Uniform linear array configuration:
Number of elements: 64
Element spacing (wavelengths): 0.5
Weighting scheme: kaiser
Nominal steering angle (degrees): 0
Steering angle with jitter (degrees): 1.039
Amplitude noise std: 0.05
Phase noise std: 0.05

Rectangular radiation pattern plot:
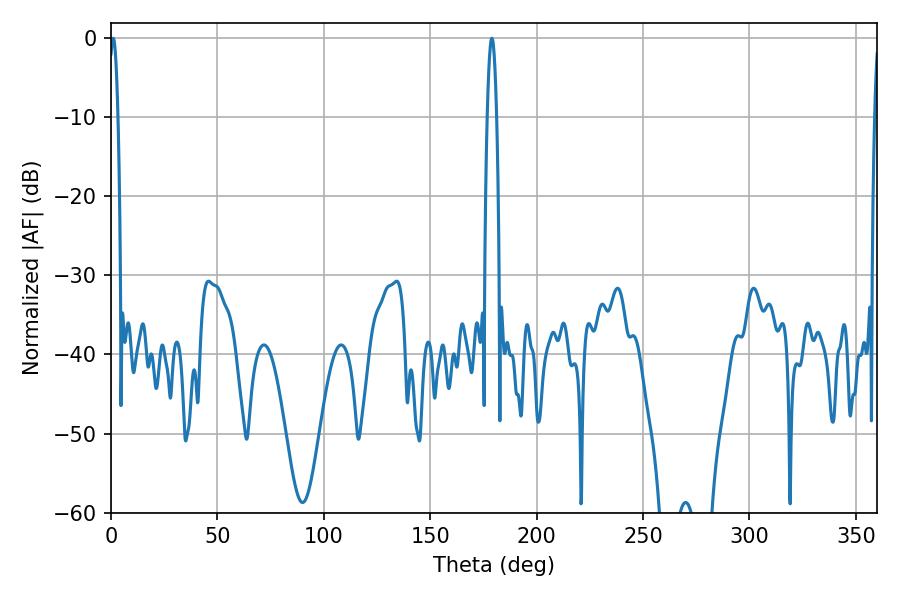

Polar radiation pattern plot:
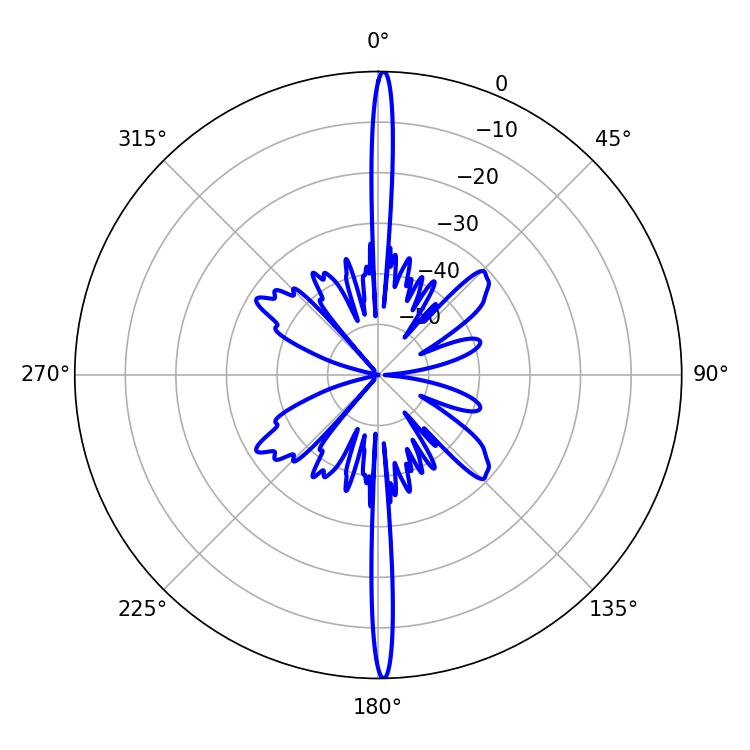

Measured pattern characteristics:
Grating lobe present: FALSE
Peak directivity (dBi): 30.747
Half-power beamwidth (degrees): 2.16
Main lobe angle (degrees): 1.08